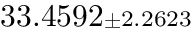
3 3 . 4 5 9 2 { \scriptstyle \pm 2 . 2 6 2 3 }